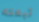
تبعته